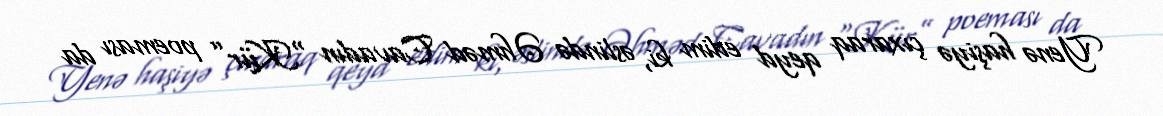
Yenə haşiyə çıxaraq qeyd edim ki, əslində Əhməd Cavadın “Kür” poeması da